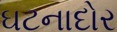
ઘટનાદોર